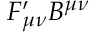
F _ { \mu \nu } ^ { \prime } B ^ { \mu \nu }